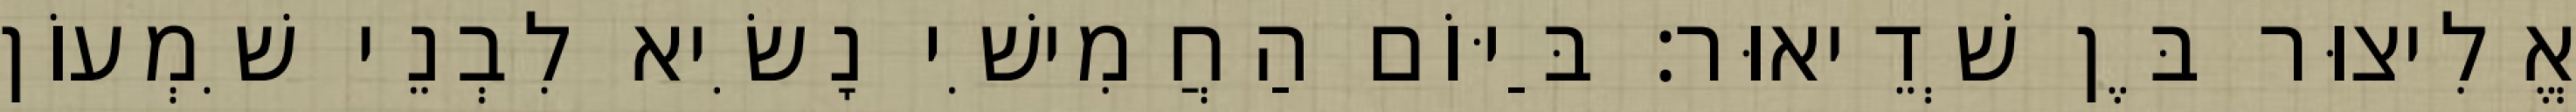
אֱלִיצוּר בֶּן שְׁדֵיאוּר׃ בַּיּוֹם הַחֲמִישִׁי נָשִׂיא לִבְנֵי שִׁמְעוֹן